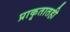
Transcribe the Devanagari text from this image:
प्राकृतातही